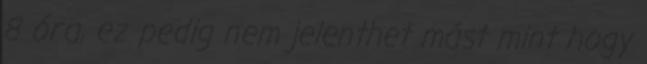
8 óra, ez pedig nem jelenthet mást mint hogy